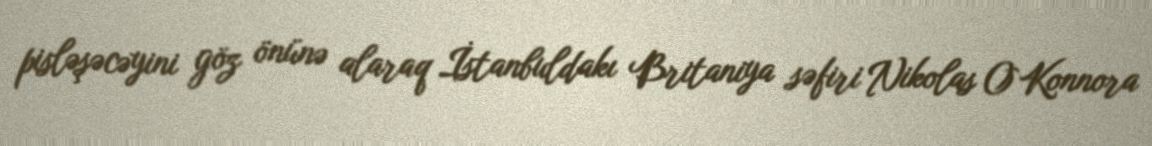
pisləşəcəyini göz önünə alaraq İstanbuldakı Britaniya səfiri Nikolas O`Konnora